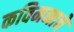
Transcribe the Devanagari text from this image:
कविमनाचे